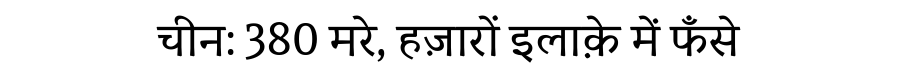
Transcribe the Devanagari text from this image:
चीन: 380 मरे, हज़ारों इलाक़े में फँसे